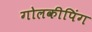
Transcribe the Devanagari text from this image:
गोलकीपिंग